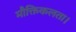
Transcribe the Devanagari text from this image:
मौक्तिकलता।